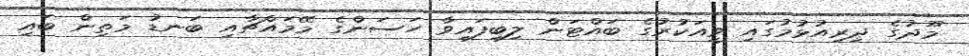
މޫދުގެ ދިރިއުޅުމުގައި ވީއަކުރުގެ ބައްޓަން ލިބިފައިވާ ހަސަންގެ މޭމައްޗާއި ބަނޑު މަތިން ބައި